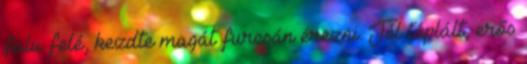
falu felé, kezdte magát furcsán érezni. Jól táplált, erős